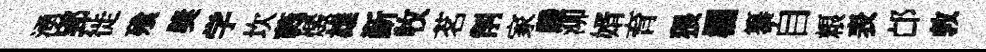
湧郢徙飱奬学坎蕤燬雄斳牧茗削家醱泖婿育猥欄纂自粮表邙敦